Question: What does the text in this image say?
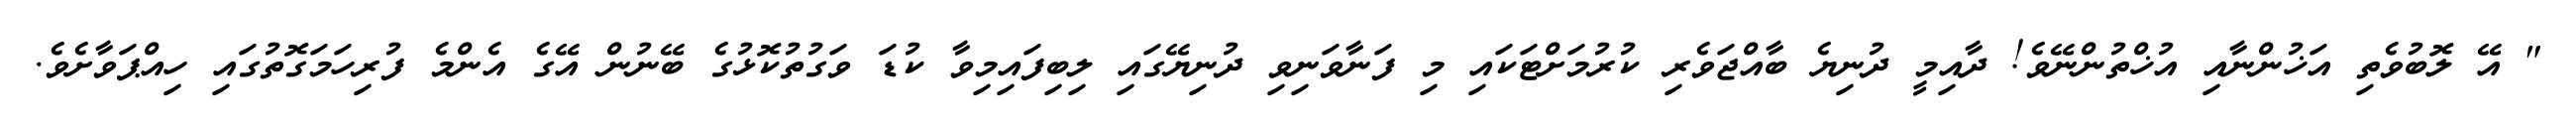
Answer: " އޭ ލޮބުވެތި އަޚުންނާއި އުޚްތުންނޭވެ! ދާއިމީ ދުނިޔެ ބާއްޖަވެރި ކުރުމަށްޓަކައި މި ފަނާވަނިވި ދުނިޔޭގައި ލިބިފައިމިވާ ކުޑަ ވަގުތުކޮޅުގެ ބޭނުން އޭގެ އެންމެ ފުރިހަމަގޮތުގައި ހިއްޕަވާށެވެ.